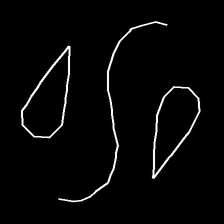
Glyph: water